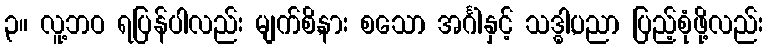
၃။ လူ့ဘဝ ရပြန်ပါလည်း မျက်စိ,နား စသော အင်္ဂါနှင့် သဒ္ဓါ,ပညာ ပြည့်စုံဖို့လည်း